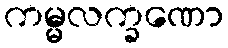
ကမ္မလက္ခဏော